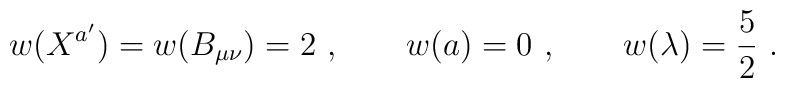
w (X^{a'})= w (B_{\mu\nu})=2 \ , \qquad w (a) =0 \ , \qquad w(\lambda)={5\over2} \ .